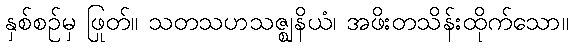
နှစ်စဉ်မှ ဖြတ်။ သတသဟသဇ္ဈနိယံ၊ အဖိုးတသိန်းထိုက်သော။